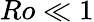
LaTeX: Ro\ll 1